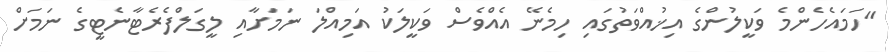
"ހަމައެހެންމެ ވަކީލުންގެ އިޚުއްވަތުގައި ހިމެނޭ އެއްވެސް ވަކީލަކު އަމިއްލަ ނަމަށާއި ލީގަލްފެރެޓާނެޓީގެ ނަމަށް